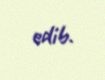
edib.